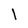
Character: I